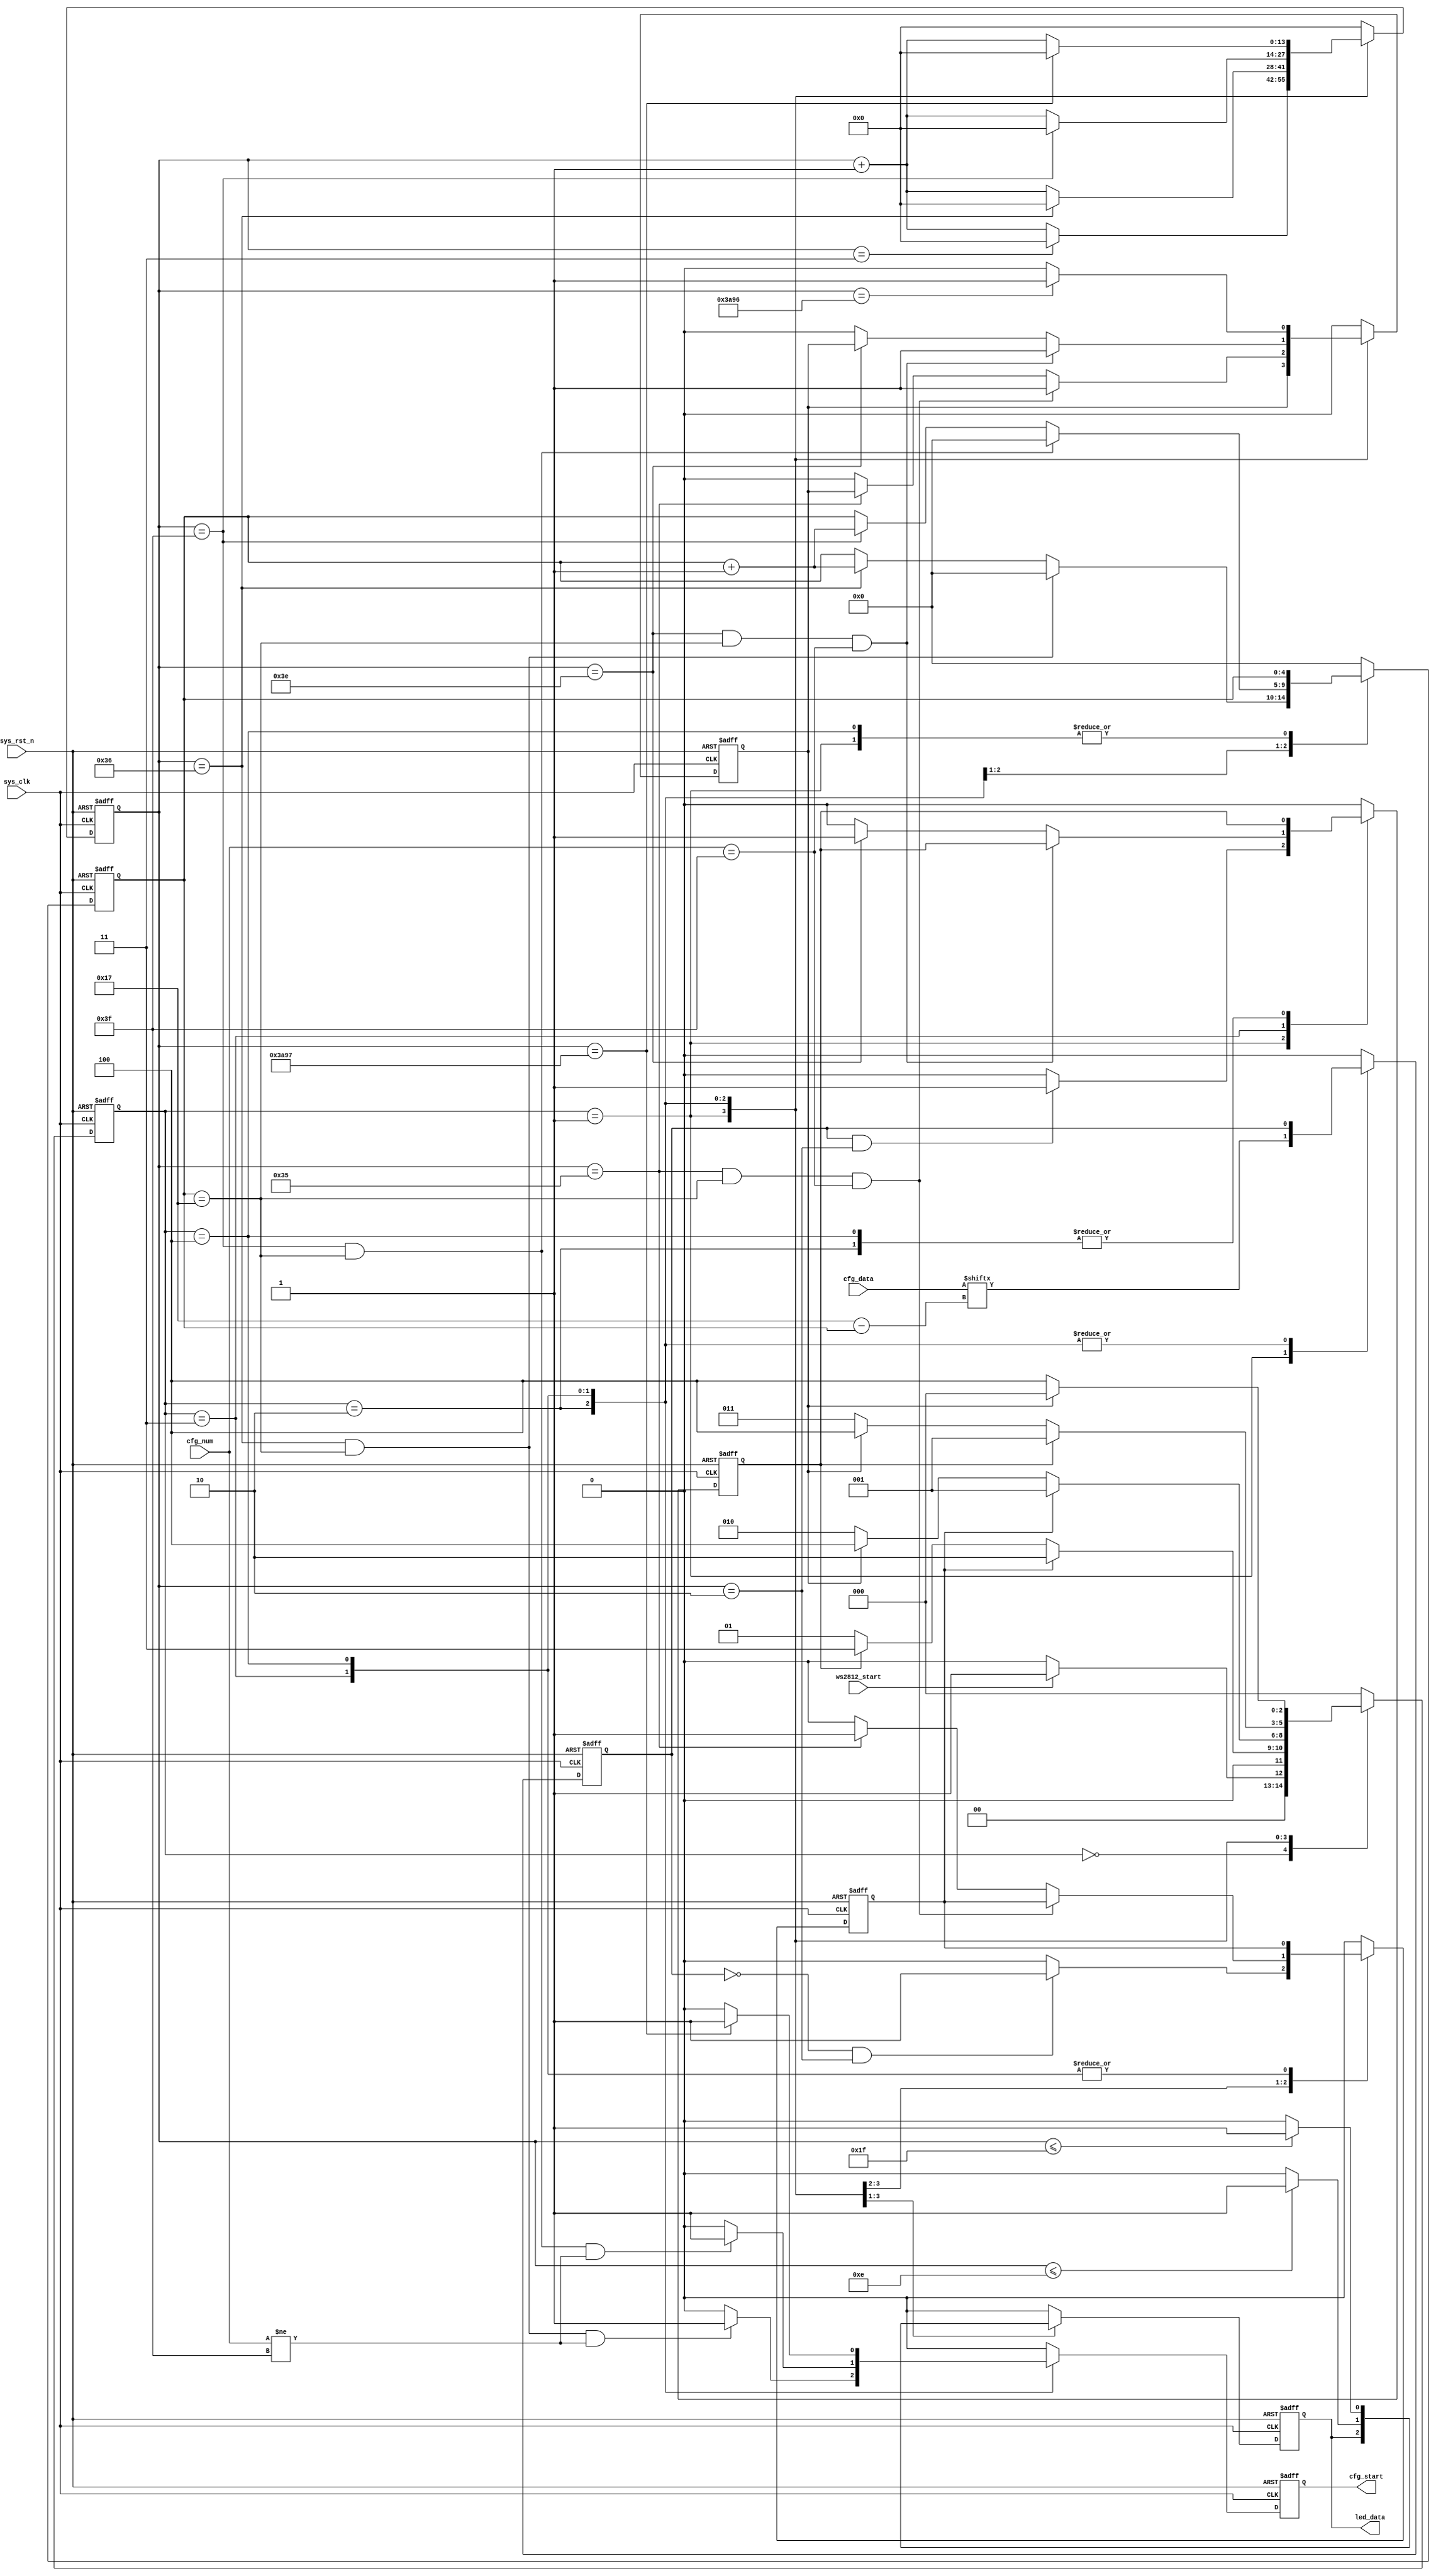
module  ws2812_ctrl
(
	input	wire			sys_clk			,
	input	wire			sys_rst_n		,
	input	wire			ws2812_start	,	//
	input	wire	[23:0]	cfg_data		,	//RGB888
	input	wire	[5:0]	cfg_num			,	//RGB
	
	output	reg				cfg_start		,	//
	output	reg				led_data	
);

localparam	
			IDLE			=	3'd0	,	//ws2812_start
			ARBIT			=	3'd1	,	//RGB888010SEND_SERO1SEND_ONE
			SEND_ZERO	=	3'd2	,	//024x64RST_N0
			SEND_ONE		=	3'd3	,	//124x64RST_N1
			RST_N			=	3'd4	;	//24x64
localparam	
			CNT_WAIT_0	=	14'd55		,	//01100nsCNT_WAIT_0 + ARBIT_time = 1180ns
			CNT_WAIT_H0	=	14'd15		,	//0300nsCNT_WAIT_0 - CNT_WAIT_H0 + ARBIT_time = 880ns
			CNT_WAIT_1	=	14'd64		,	//11280nsCNT_WAIT_1 + ARBIT_time = 1360ns
			CNT_WAIT_H1	=	14'd32		,	//1640nsCNT_WAIT_1 - CNT_WAIT_H1 + ARBIT_time = 720ns
			CNT_WAIT_RST=	14'd15000	;	//24x64300us
			
reg				skip_en_0	;	//	00
reg				skip_en_1	;	//	11
reg				skip_en_rst	;	//	0/1
reg		[2:0]	n_state		;	//
reg		[2:0]	c_state		;	//
reg		[13:0]	cnt_wait	;	//
reg				data		;	//01cfg_data
reg		[4:0]	cnt_num		;	//RGB88824-1

always@(posedge sys_clk or negedge sys_rst_n)
	if(sys_rst_n == 1'b0)
		c_state  <=  IDLE  ;
	else
		c_state  <=  n_state ;
		
always@(*)
	case(c_state)
		IDLE		:	if(ws2812_start == 1'b1)
							n_state  =  ARBIT  ;
						else
							n_state  =  IDLE  ;
		ARBIT		:	if(skip_en_0 == 1'b1)
							n_state  =  SEND_ZERO  ;
						else  if(skip_en_1 == 1'b1)
							n_state  =  SEND_ONE  ;
						else
							n_state  =  ARBIT  ;
		SEND_ZERO	:	if(skip_en_0 == 1'b1)
							n_state  =  ARBIT  ;
						else  if(skip_en_rst == 1'b1)
							n_state  =  RST_N  ;
						else
							n_state  =  SEND_ZERO  ;
		SEND_ONE	:	if(skip_en_1 == 1'b1)
							n_state  =  ARBIT  ;
						else  if(skip_en_rst == 1'b1)
							n_state  =  RST_N  ;
						else
							n_state  =  SEND_ONE  ;
		RST_N		:	if(skip_en_rst == 1'b1)
							n_state  =  IDLE  ;
						else
							n_state  =  RST_N  ;
		default		:	n_state  =  IDLE  ;
	endcase
	
always@(posedge sys_clk or negedge sys_rst_n)
	if(sys_rst_n == 1'b0)
		begin
			skip_en_0	<=  1'b0  ;
			skip_en_1	<=  1'b0  ;
			skip_en_rst	<=  1'b0  ;
			cnt_wait	<=  14'd0 ;
			data		<=  1'b0  ;
			cnt_num		<=  5'd0  ;
			cfg_start   <=  1'b0  ;
			led_data	<=  1'b0  ;
		end
	else
		case(c_state)
			ARBIT		:begin
							if(cnt_wait == 14'd3)
								cnt_wait  <=  14'd0  ;
							else
								cnt_wait  <=  cnt_wait + 1'b1  ;
							data  <=  cfg_data[23 - cnt_num]  ;
							cfg_start  <=  1'b0  ;
							if((data == 1'b0)&&(cnt_wait == 14'd2))
								skip_en_0  <=  1'b1  ;
							else  
								skip_en_0  <=  1'b0  ;							
							if((data == 1'b1)&&(cnt_wait == 14'd2))
								skip_en_1  <=  1'b1  ;
							else  
								skip_en_1  <=  1'b0  ;							
						 end
			SEND_ZERO	:begin
							if(cnt_wait == CNT_WAIT_0 - 1'b1)
								cnt_wait  <=  14'd0  ;
							else
								cnt_wait  <=  cnt_wait + 1'b1  ;
							if((cnt_wait == CNT_WAIT_0 - 1'b1)&&(cnt_num == 5'd23)&&(cfg_num != 6'd63))
								cfg_start  <=  1'b1  ;
							else
								cfg_start  <=  1'b0  ;
							if((cnt_num == 5'd23)&&(cnt_wait == CNT_WAIT_0 - 1'b1))
								cnt_num  <=  6'd0  ;
							else  if(cnt_wait == CNT_WAIT_0 - 1'b1)
								cnt_num  <=  cnt_num + 1'b1  ;
							else
								cnt_num  <=  cnt_num  ;
							if((cnt_wait == CNT_WAIT_0 - 2'd2)&&(cnt_num == 5'd23)&&(cfg_num == 6'd63))
								skip_en_rst  <=  1'b1  ;
							else  if(cnt_wait == CNT_WAIT_0 - 2'd2)
								skip_en_0  <=  1'b1  ;
							else
								begin
									skip_en_rst  <=  1'b0  ;
									skip_en_0	 <=  1'b0  ;
								end
							if(cnt_wait <= CNT_WAIT_H0 - 1'b1)
								led_data  <=  1'b1  ;
							else
								led_data  <=  1'b0  ;
						 end
			SEND_ONE	:begin
							if(cnt_wait == CNT_WAIT_1 - 1'b1)
								cnt_wait  <=  14'd0  ;
							else
								cnt_wait  <=  cnt_wait + 1'b1  ;	
							if((cnt_wait == CNT_WAIT_1 - 1'b1)&&(cnt_num == 5'd23)&&(cfg_num != 6'd63))
								cfg_start  <=  1'b1  ;
							else
								cfg_start  <=  1'b0  ;	
							if((cnt_num == 5'd23)&&(cnt_wait == CNT_WAIT_1 - 1'b1))
								cnt_num  <=  6'd0  ;
							else  if(cnt_wait == CNT_WAIT_1 - 1'b1)
								cnt_num  <=  cnt_num + 1'b1  ;
							else
								cnt_num  <=  cnt_num  ;								
							if((cnt_wait == CNT_WAIT_1 - 2'd2)&&(cnt_num == 5'd23)&&(cfg_num == 6'd63))
								skip_en_rst  <=  1'b1  ;
							else  if(cnt_wait == CNT_WAIT_1 - 2'd2)
								skip_en_1  <=  1'b1  ;
							else
								begin
									skip_en_rst  <=  1'b0  ;
									skip_en_1	 <=  1'b0  ;
								end			
							if(cnt_wait <= CNT_WAIT_H1 - 1'b1)
								led_data  <=  1'b1  ;
							else
								led_data  <=  1'b0  ;			
						 end
			RST_N		:begin
							if(cnt_wait == CNT_WAIT_RST - 1'b1)
								cnt_wait  <=  14'd0  ;
							else
								cnt_wait  <=  cnt_wait + 1'b1  ;
							if(cnt_wait == CNT_WAIT_RST - 1'b1)
								cfg_start  <=  1'b1  ;
							else
								cfg_start  <=  1'b0  ;	
							if(cnt_wait == CNT_WAIT_RST - 2'd2)
								skip_en_rst  <=  1'b1  ;
							else
								skip_en_rst  <=  1'b0  ;
							led_data  <=  1'b0  ;
						 end
			default		:begin
							skip_en_0	<=  1'b0  ;
							skip_en_1	<=  1'b0  ;
							skip_en_rst	<=  1'b0  ;
							cnt_wait	<=  14'd0 ;
							data		<=  1'b0  ;
							cnt_num		<=  5'd0  ;
							led_data	<=  1'b0  ;
							cfg_start   <=  1'b0  ;
						 end
		endcase

endmodule